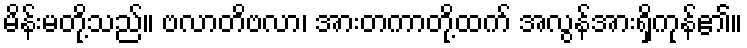
မိန်းမတို့သည်။ ဗလာတိဗလာ၊ အားတကာတို့ထက် အလွန်အားရှိကုန်၏။